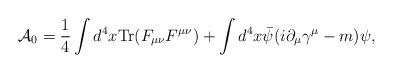
LaTeX: \begin{align*}{\cal A}_0 = \frac{1}{4} \int d^4 x {\rm Tr} (F_{\mu\nu} F^{\mu\nu}) + \int d^4x \bar{\psi}(i \partial_\mu \gamma^\mu - m) \psi,\end{align*}